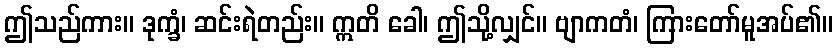
ဤသည်ကား။ ဒုက္ခံ၊ ဆင်းရဲတည်း။ ဣတိ ခေါ၊ ဤသို့လျှင်။ ဗျာကတံ၊ ကြားတော်မူအပ်၏။